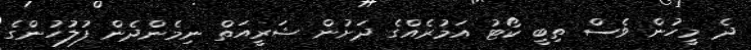
ދެ މީހުން ވެސް ތިބީ ކޯޓު އަމުރެއްގެ ދަށުން ޝަރީއަތް ނިމެންދެން ފުލުހުންގެ